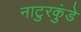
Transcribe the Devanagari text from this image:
नाटुरकुंडे